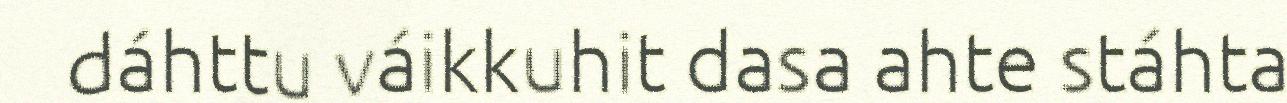
dáhttu váikkuhit dasa ahte stáhta